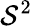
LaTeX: \mathcal{S}^{2}